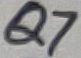
Text: Q7